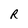
Character: R